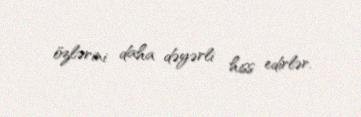
özlərini daha dəyərli hiss edirlər.